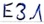
Text: E3.1